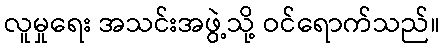
လူမှုရေး အသင်းအဖွဲ့သို့ ဝင်ရောက်သည်။